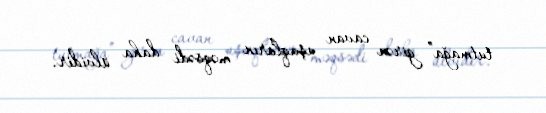
tutmağa” girən cavan uşaqların məqsədi daha ülvidir.